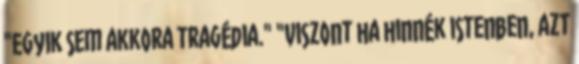
"Egyik sem akkora tragédia." "Viszont ha hinnék istenben, azt